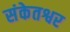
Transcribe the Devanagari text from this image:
संकेतश्वर